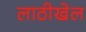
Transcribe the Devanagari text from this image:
लाठीखेल